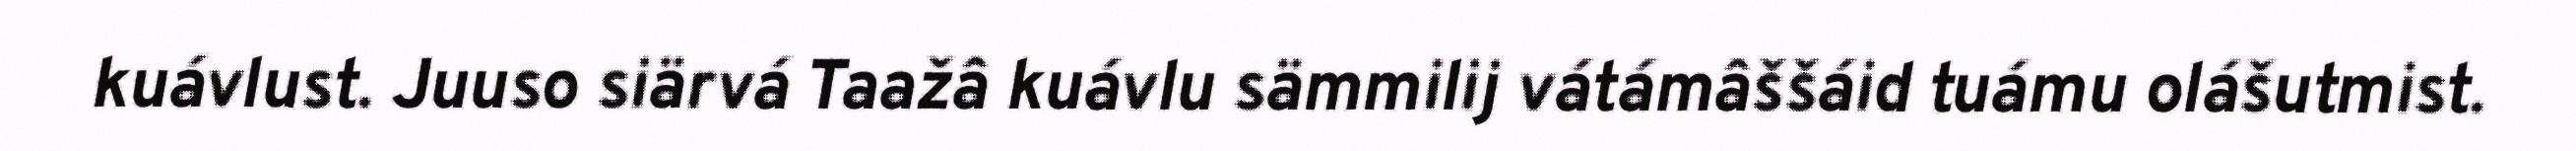
kuávlust. Juuso siärvá Taažâ kuávlu sämmilij vátámâššáid tuámu olášutmist.